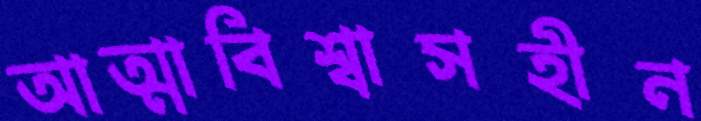
আত্মাবিশ্বাসহীন